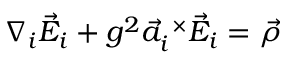
\nabla _ { i } \vec { E } _ { i } + g ^ { 2 } \vec { a } _ { i } ^ { \ \times } \vec { E } _ { i } = \vec { \rho }